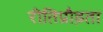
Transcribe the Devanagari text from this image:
रीतिप्रौढ़ता